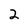
Character: 2